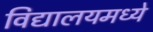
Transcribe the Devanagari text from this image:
विद्यालयमध्ये